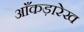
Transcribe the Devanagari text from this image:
आँकड़ारेख